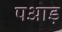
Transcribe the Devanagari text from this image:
पआड़